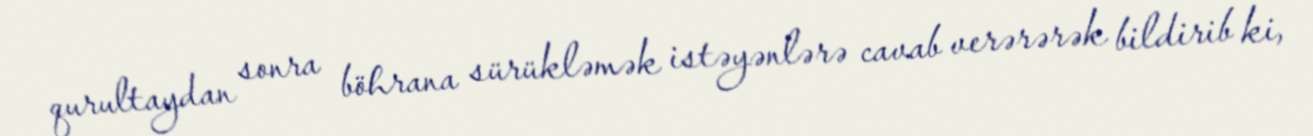
qurultaydan sonra böhrana sürükləmək istəyənlərə cavab verərərək bildirib ki,